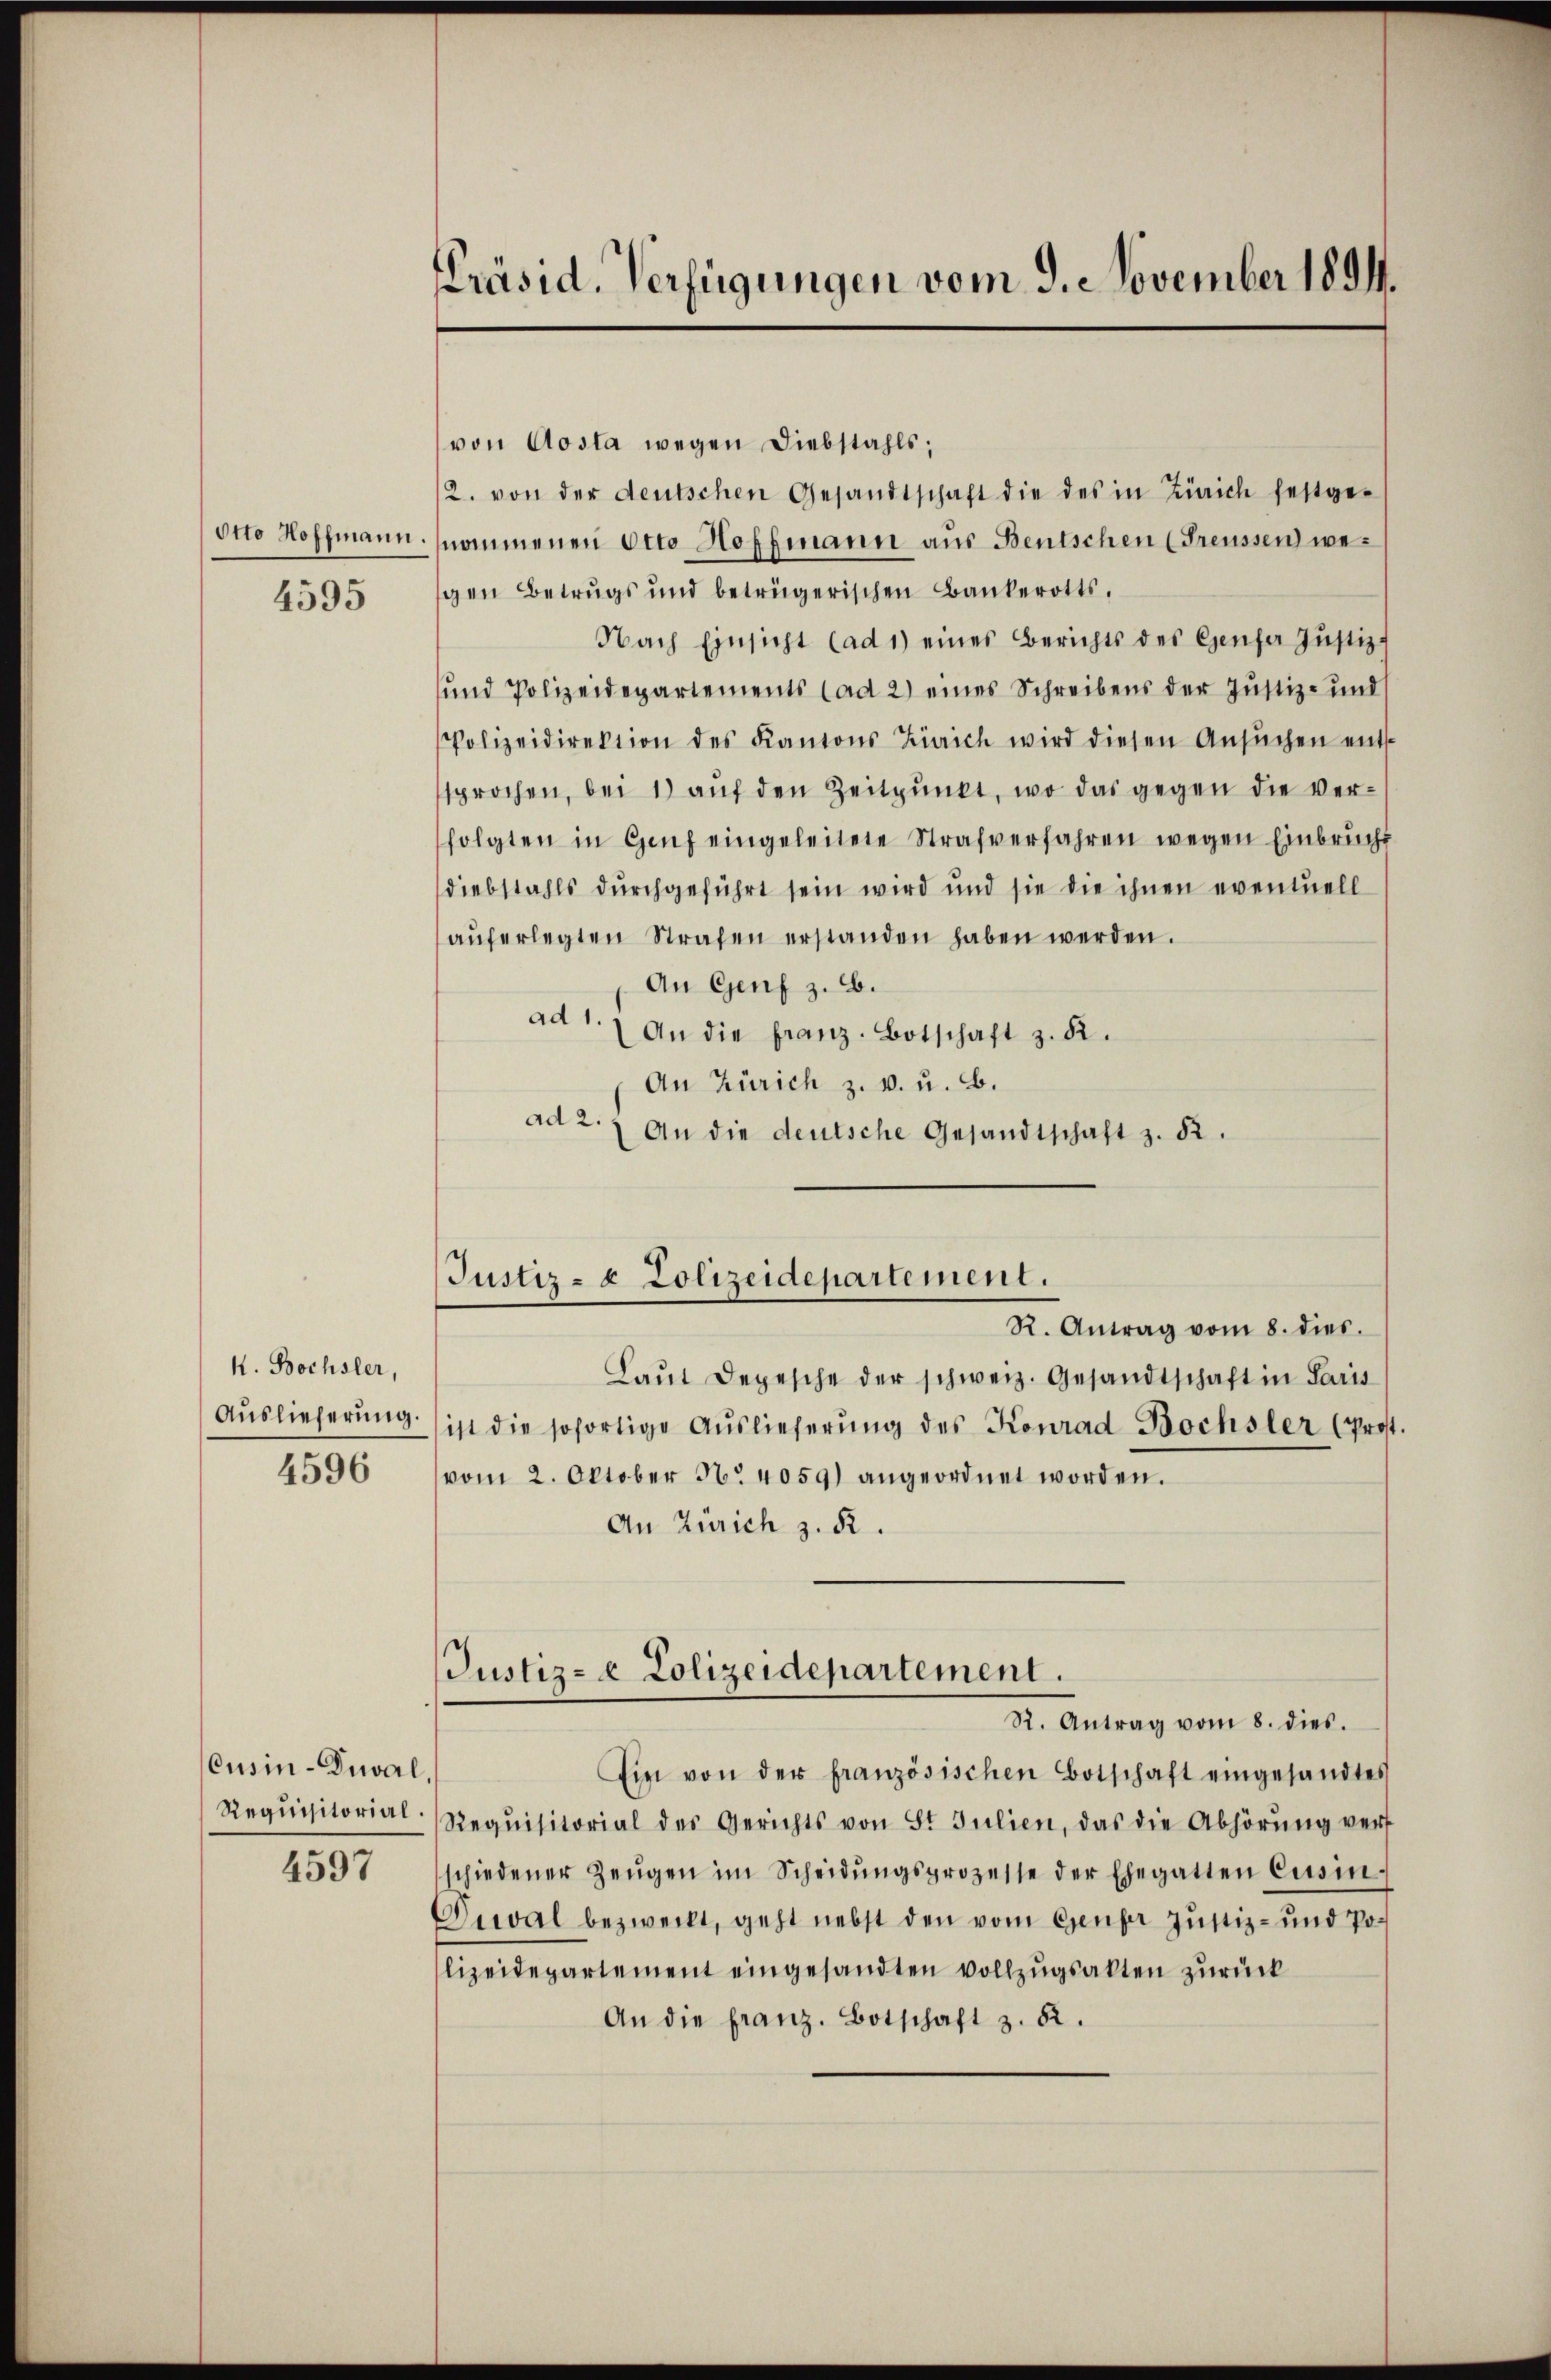
4595

k. Bochsler,
Auslieferung
4596

Cusin-Duwal
Requisitorial.

4597

Präsid. Verfügungen vom 9. November 1891.

von Aosta wegen Diebstahls;
2. von der deutschen Gesandtschaft die des in Zürich festge-
Otto Hoffmann. (nommenen Otto Hoffmann aus Bentschen (Freussen wegen Betrugs und betrügerischen Bankerotts.
Nach Einsicht (ad 1) eines Berichts des Genfer Justiz-
und Polizeidepartements (ad 2) eines Schreibens der Justiz- und
Polizeidirektion des Kantons Zürich wird diesen Ansŭchen ents-
sprochen, bei 1) aŭf den Zeitpŭnkt, wo das gegen die Ver-
folgten in Genf eingeleitete Strafverfahren wegen Einbrucht
diebstahls durchgeführt sein wird und sie die ihnen eventuell
aŭferlegten Strafen erstanden haben werden.
An Genf z. B.
ad 1. An die franz. Botschaft z. R.
An Zürich z. v. u. B.
ad 2. An die deutsche Gesandtschaft z. 52.

Justiz- & Polizeidepartement.
R. Antrag vom 8. dies.

Justiz- & Polizeidepartement.
R. Antrag vom 8. dies.

Laŭt Depesche der schweiz. Gesandtschaft in Paris
ist die sofortige Auslieferung des Konrad Bochsler (Prost
vom 2. Oktober No. 4059) angeordnet worden.
An Zürich z. B.
Ein von der französischen Botschaft eingesandtes
Requisitorial des Gerichts von St. Julien, das die Abhörŭng verf
schiedener Zeŭgen im Scheidŭngsprozesse der Ehegatten Cursin-
Diwal bezweckt, geht nebst den vom Genfer Justiz- und Polizeidepartement eingesandten vollzugsakten zurück
An die franz. Botschaft z. 52.